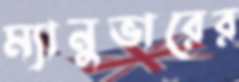
ম্যানুভারের